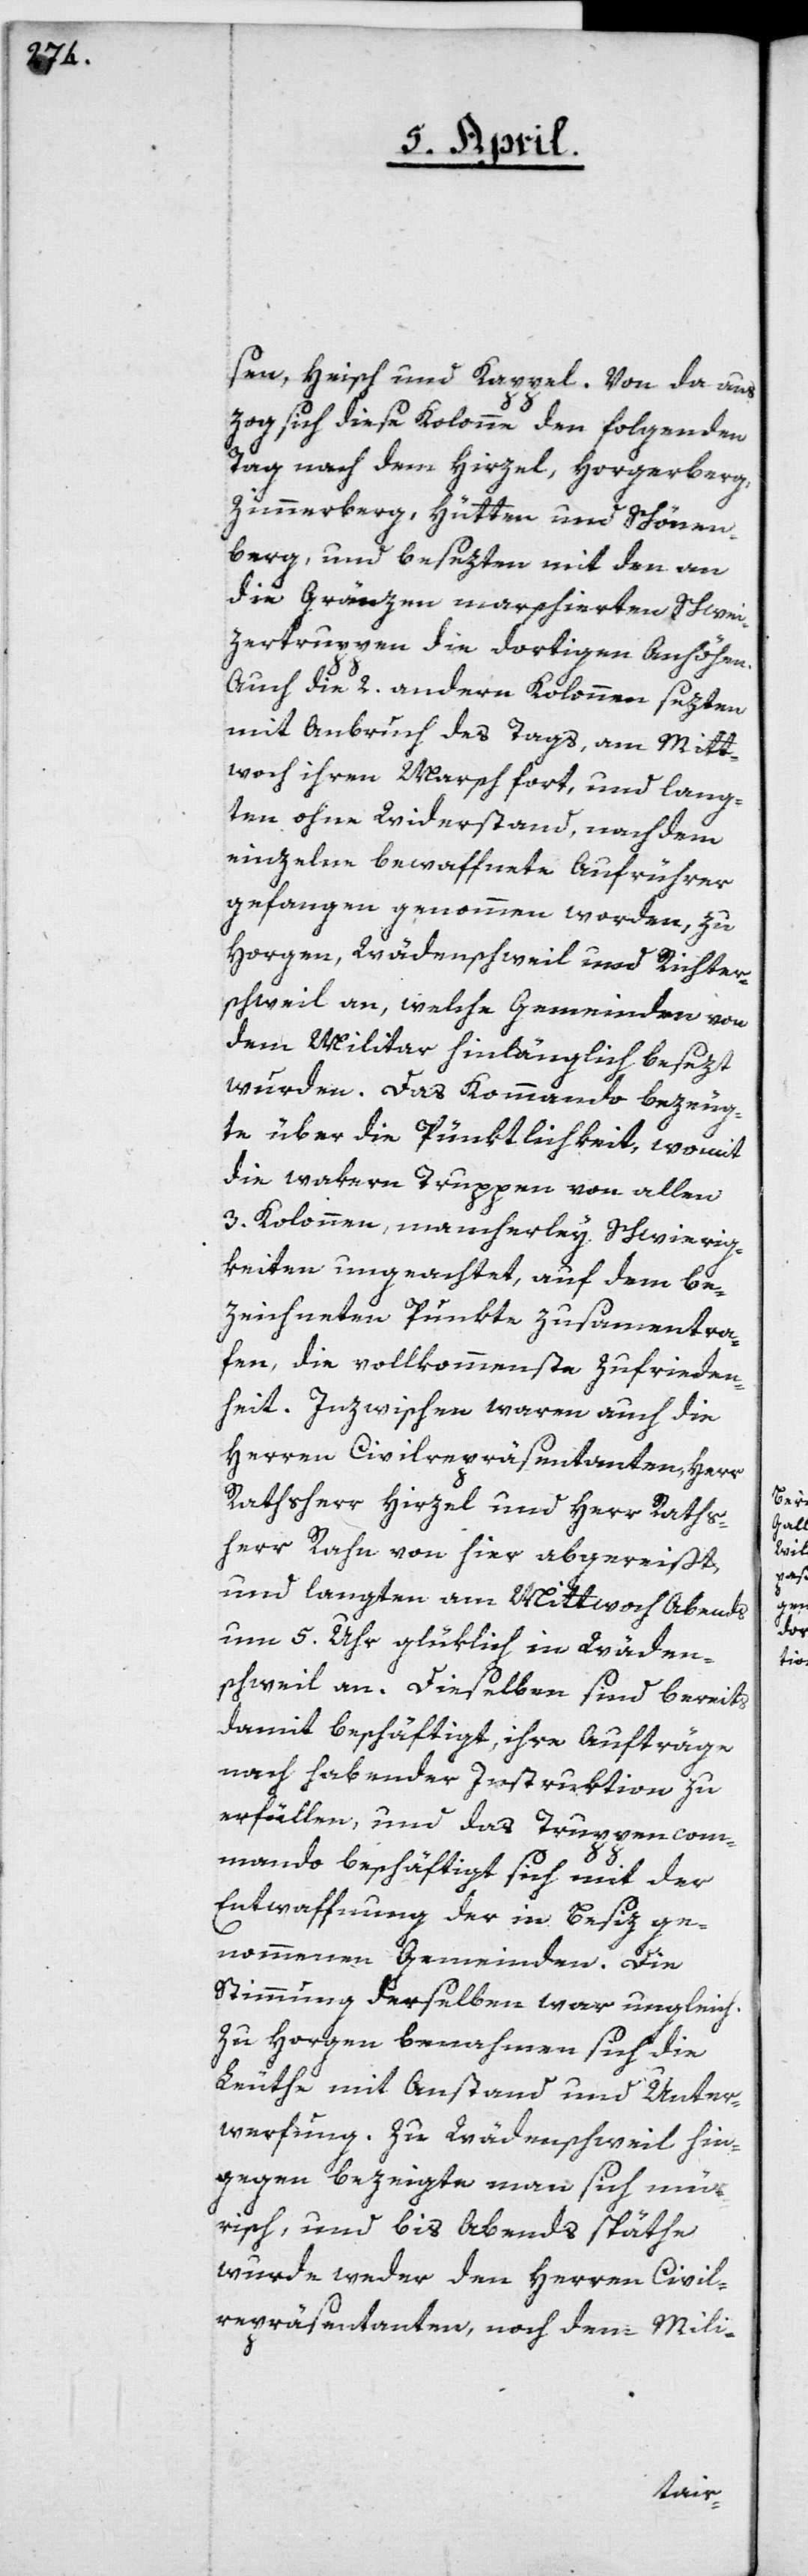
sen, Heisch und Kappel. Von da aus
zog sich diese Kolonne den folgenden
Tag nach dem Hirzel, Horgerberg,
Zimmerberg, Hütten und Schönen¬
berg, und besezten mit den an
die Gränzen marschierten Schwei¬
zertruppen die dortigen Anhöhen.
Auch die 2 andern Kolonnen sezten
mit Anbruch des Tags, am Mitt¬
woch ihren Marsch fort, und lang¬
ten ohne Widerstand, nachdem
einzelne bewaffnete Aufrührer
gefangen genommen worden, zu
Horgen, Wädenschweil und Richter¬
schweil an, welche Gemeinden von
dem Militar hinlänglich besezt
wurden. Das Kommando bezeug¬
te über die Pünktlichkeit, womit
die wakern Truppen von allen
3. Kolonnen, mancherley Schwierig¬
keiten ungeachtet, auf dem be¬
zeichneten Punkte zusammentra¬
fen, die vollkommenste Zufrieden¬
heit. Inzwischen waren auch die
Herren Civilrepräsentanten, Herr
Ratsherr Hirzel und Herr Raths¬
herr Rahn von hier abgereist,
und langten am Mittwoch, Abends
um 5. Uhr glüklich in Wäden¬
schweil an. Dieselben sind bereits
damit beschäftigt, ihre Aufträge
nach habender Instruktion zu
erfüllen, und das Truppencom¬
mando beschäftigt sich mit der
Entwaffnung der in Besiz ge¬
nommenen Gemeinden. Die
Stimmung derselben war ungleich.
Zu Horgen benahmen sich die
Leuthe mit Anstand und Unter¬
werfung. Zu Wädenschweil hin¬
gegen bezeigte man sich mür¬
risch, und bis Abends späthe
wurde weder den Herren Civil¬
repräsentanten noch dem Mili-